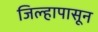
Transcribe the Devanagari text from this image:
जिल्हापासून